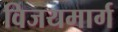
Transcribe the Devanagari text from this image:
विजयमार्ग